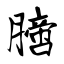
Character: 膪